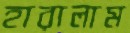
হারালাম